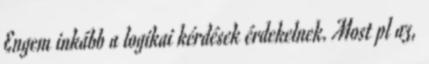
Engem inkább a logikai kérdések érdekelnek. Most pl az,